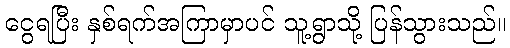
ငွေရပြီး နှစ်ရက်အကြာမှာပင် သူ့ရွာသို့ ပြန်သွားသည်။